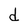
Character: d